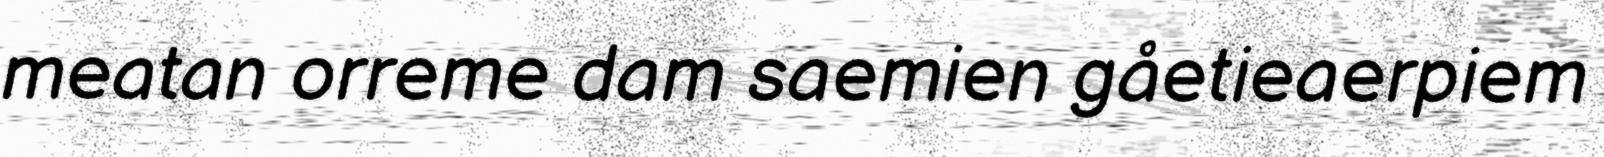
meatan orreme dam saemien gåetieaerpiem